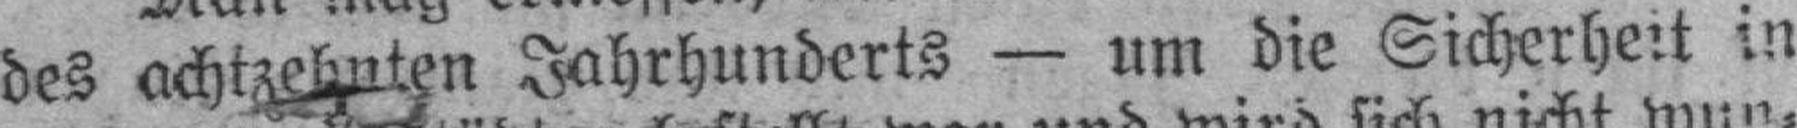
des achtzehnten Jahrhunderts — um die Sicherheit in